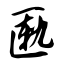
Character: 匦